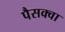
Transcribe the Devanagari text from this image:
पैसक्वा